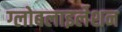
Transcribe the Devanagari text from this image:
ग्‍लोबलाइलेशन